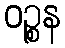
ဝဉ္စန